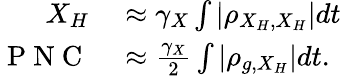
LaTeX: \begin{array}{rl}{X_{H}}&{{}\approx\gamma_{X}\int|\rho_{X_{H},X_{H}}|dt}\\ {\mathrm{~P~N~C~}}&{{}\approx\frac{\gamma_{X}}{2}\int|\rho_{g,X_{H}}|dt.}\end{array}